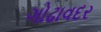
ગોઢાવદર